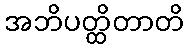
အဘိပတ္ထိတာတိ